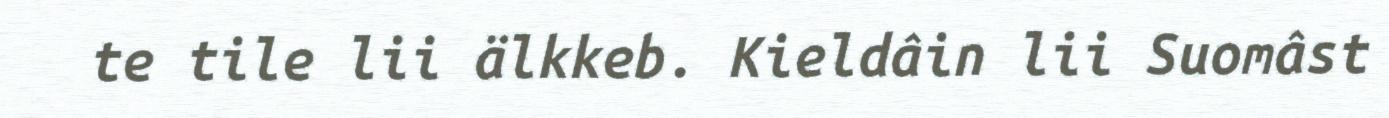
te tile lii älkkeb. Kieldâin lii Suomâst